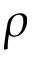
\rho